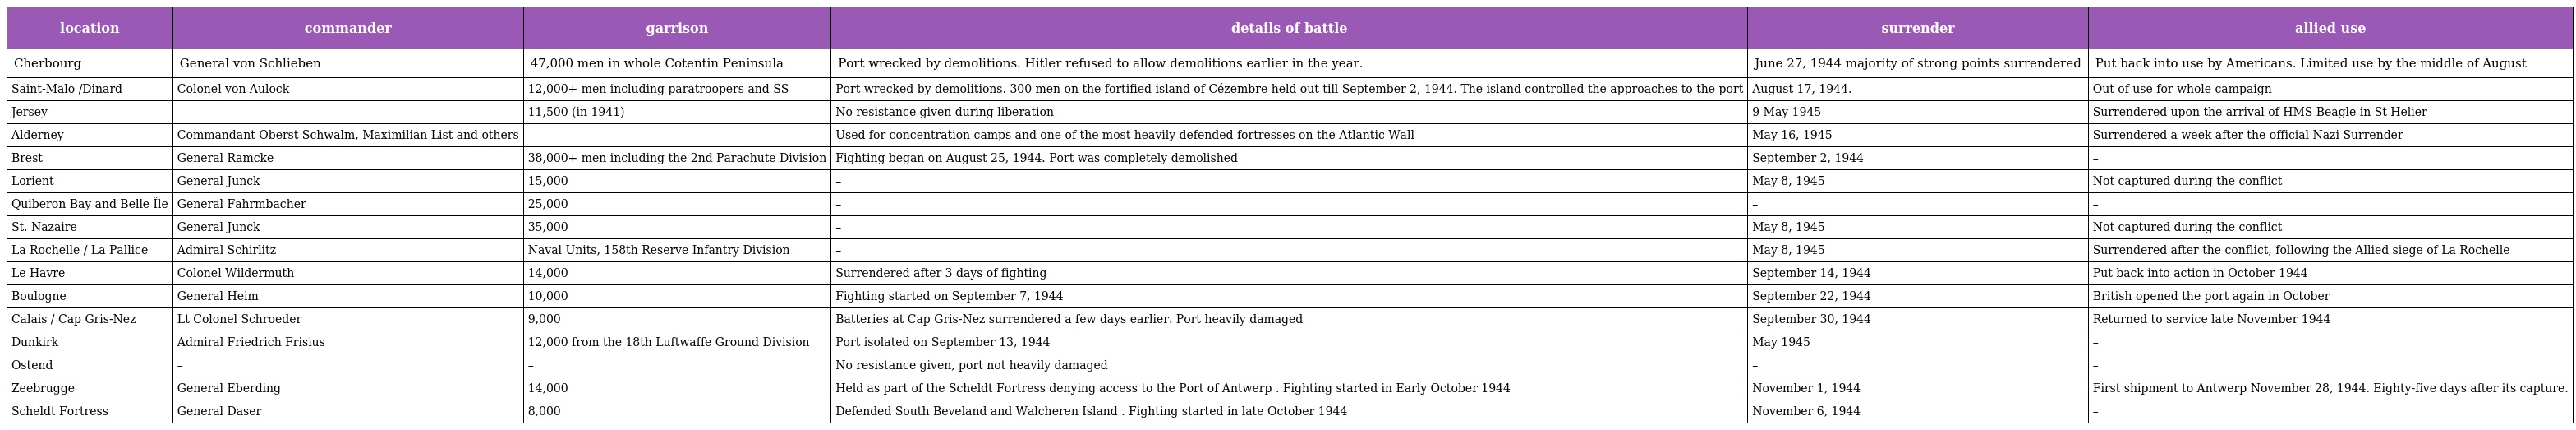
| location | commander | garrison | details of battle | surrender | allied use |
 | --- | --- | --- | --- | --- | --- |
 | Cherbourg | General von Schlieben | 47,000 men in whole Cotentin Peninsula | Port wrecked by demolitions. Hitler refused to allow demolitions earlier in the year. | June 27, 1944 majority of strong points surrendered | Put back into use by Americans. Limited use by the middle of August |
 | Saint-Malo /Dinard | Colonel von Aulock | 12,000+ men including paratroopers and SS | Port wrecked by demolitions. 300 men on the fortified island of Cézembre held out till September 2, 1944. The island controlled the approaches to the port | August 17, 1944. | Out of use for whole campaign |
 | Jersey |  | 11,500 (in 1941) | No resistance given during liberation | 9 May 1945 | Surrendered upon the arrival of HMS Beagle in St Helier |
 | Alderney | Commandant Oberst Schwalm, Maximilian List and others |  | Used for concentration camps and one of the most heavily defended fortresses on the Atlantic Wall | May 16, 1945 | Surrendered a week after the official Nazi Surrender |
 | Brest | General Ramcke | 38,000+ men including the 2nd Parachute Division | Fighting began on August 25, 1944. Port was completely demolished | September 2, 1944 | – |
 | Lorient | General Junck | 15,000 | – | May 8, 1945 | Not captured during the conflict |
 | Quiberon Bay and Belle Île | General Fahrmbacher | 25,000 | – | – | – |
 | St. Nazaire | General Junck | 35,000 | – | May 8, 1945 | Not captured during the conflict |
 | La Rochelle / La Pallice | Admiral Schirlitz | Naval Units, 158th Reserve Infantry Division | – | May 8, 1945 | Surrendered after the conflict, following the Allied siege of La Rochelle |
 | Le Havre | Colonel Wildermuth | 14,000 | Surrendered after 3 days of fighting | September 14, 1944 | Put back into action in October 1944 |
 | Boulogne | General Heim | 10,000 | Fighting started on September 7, 1944 | September 22, 1944 | British opened the port again in October |
 | Calais / Cap Gris-Nez | Lt Colonel Schroeder | 9,000 | Batteries at Cap Gris-Nez surrendered a few days earlier. Port heavily damaged | September 30, 1944 | Returned to service late November 1944 |
 | Dunkirk | Admiral Friedrich Frisius | 12,000 from the 18th Luftwaffe Ground Division | Port isolated on September 13, 1944 | May 1945 | – |
 | Ostend | – | – | No resistance given, port not heavily damaged | – | – |
 | Zeebrugge | General Eberding | 14,000 | Held as part of the Scheldt Fortress denying access to the Port of Antwerp . Fighting started in Early October 1944 | November 1, 1944 | First shipment to Antwerp November 28, 1944. Eighty-five days after its capture. |
 | Scheldt Fortress | General Daser | 8,000 | Defended South Beveland and Walcheren Island . Fighting started in late October 1944 | November 6, 1944 | – |